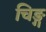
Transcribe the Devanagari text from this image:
चिङ्ग